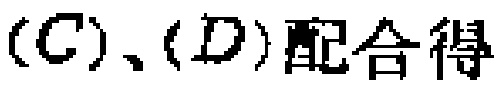
$(C)、(D)配合得$